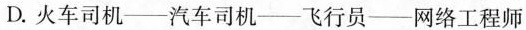
D.火车司机——汽车司机——飞行员——网络工程师